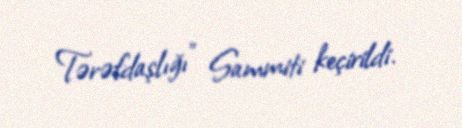
Tərəfdaşlığı” Sammiti keçirildi.